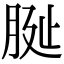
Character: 𦚺